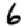
Digit: 6